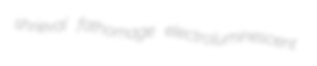
shrieval fathomage electroluminescent